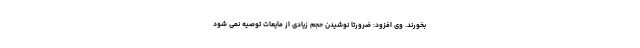
بخورند. وی افزود: ضرورتا نوشیدن حجم زیادی از مایعات توصیه نمی شود